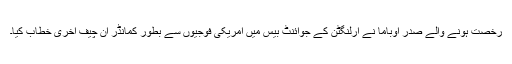
رخصت ہونے والے صدر اوباما نے آرلنگٹن کے جوائنٹ بیس میں امریکی فوجیوں سے بطور کمانڈر ان چیف آخری خطاب کیا۔